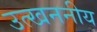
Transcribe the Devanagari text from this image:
उत्खननीय